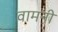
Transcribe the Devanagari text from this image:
वामनी